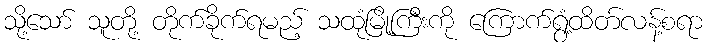
သို့သော် သူတို့ တိုက်ခိုက်ရမည့် သထုံမြို့ကြီးကို ကြောက်ရွံ့ထိတ်လန့်စရာ